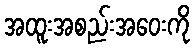
အထူးအစည်းအဝေးကို